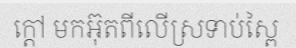
ក្តៅ មកអ៊ុតពីលើស្រទាប់ស្ពៃ